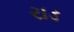
રાડ